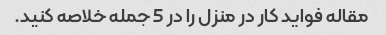
مقاله فواید کار در منزل را در 5 جمله خلاصه کنید.